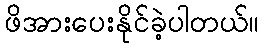
ဖိအားပေးနိုင်ခဲ့ပါတယ်။